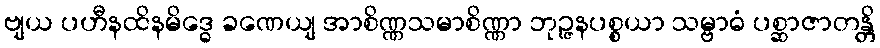
ဗျယ ပဟီနထိနမိဒ္ဓေ ခဏေယျ အာစိဏ္ဏသမာစိဏ္ဏာ ဘုဉ္ဇနပစ္စယာ သမ္ဗာဓံ ပစ္ဆာဇာတန္တိ